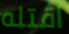
اقتله